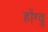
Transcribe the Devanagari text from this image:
होंग्वु